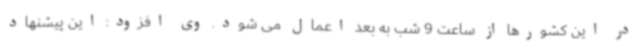
در این کشورها از ساعت 9 شب به بعد اعمال می شود. وی افزود: این پیشنهاد